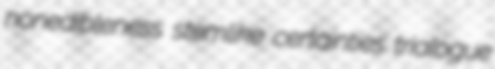
nonedibleness stemlike certainties trialogue